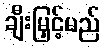
ချီးမြှင့်မည်